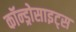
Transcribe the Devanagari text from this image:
कॉन्ड्रोसाइट्स